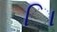
િા